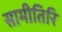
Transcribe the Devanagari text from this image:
सामीतिरि